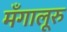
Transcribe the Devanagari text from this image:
मँगालूरु